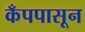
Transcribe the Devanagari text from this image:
कँपपासून